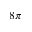
8 \pi